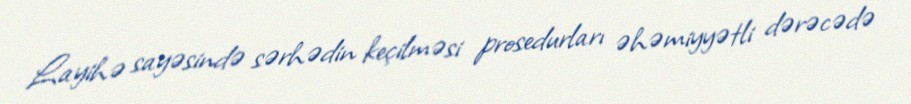
Layihə sayəsində sərhədin keçilməsi prosedurları əhəmiyyətli dərəcədə